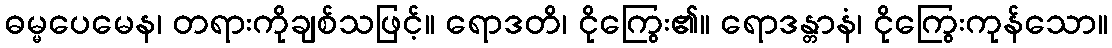
ဓမ္မပေမေန၊ တရားကိုချစ်သဖြင့်။ ရောဒတိ၊ ငိုကြွေး၏။ ရောဒန္တာနံ၊ ငိုကြွေးကုန်သော။